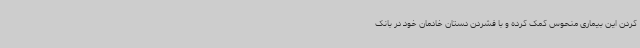
کردن این بیماری منحوس کمک کرده و با فشردن دستان خادمان خود در بانک